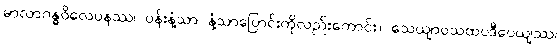
မာလာဂန္ဓဝိလေပနဿ၊ ပန်းနံ့သာ နံ့သာပြောင်းကိုလည်းကောင်း။ သေယျာဝသထပဒီပေယျဿ၊